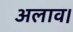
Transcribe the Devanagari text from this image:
अलाव।